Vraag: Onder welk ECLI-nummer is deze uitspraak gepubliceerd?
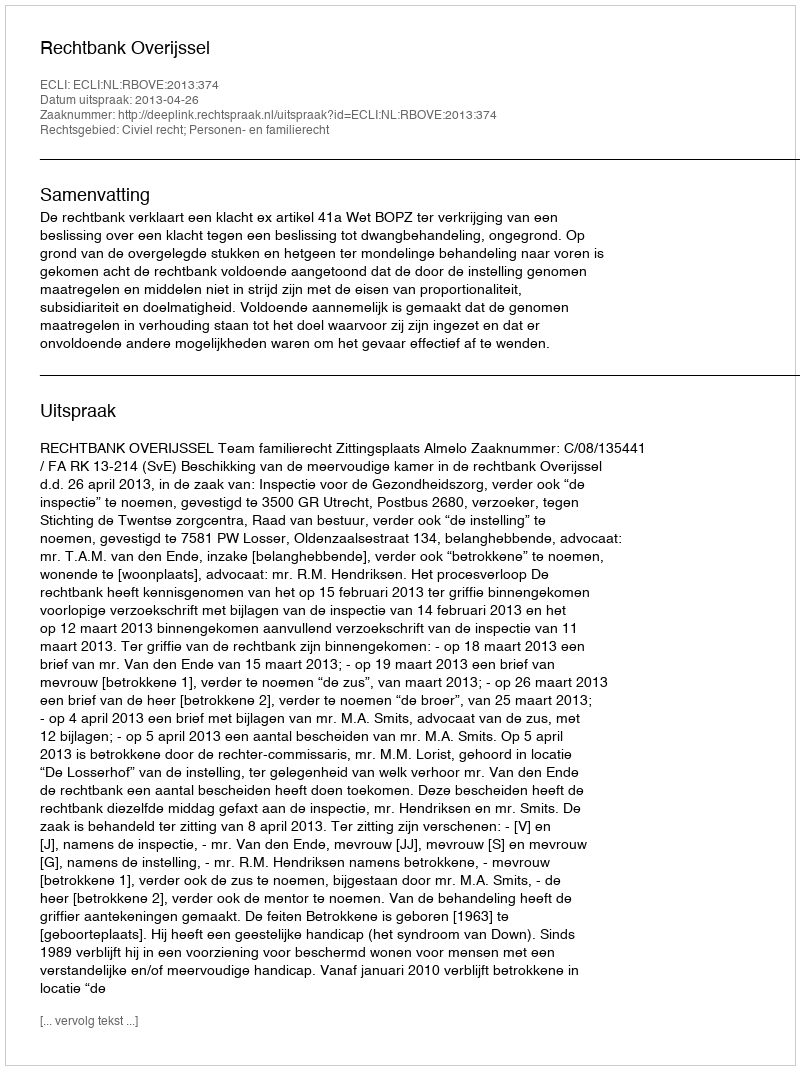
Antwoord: ECLI:NL:RBOVE:2013:374